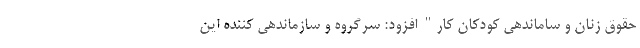
حقوق زنان و ساماندهی کودکان کار" افزود: سرگروه و سازماندهی کننده این